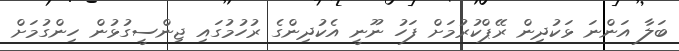
ބަލާ އަންނަ ޅަކުދިން ރޭޕްކުރުމަށް ފަހު ނޫނީ އެކުދިންގެ ރުހުމުގައި ޖިންސީގުޅުން ހިންގުމަށް